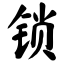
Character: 锁